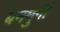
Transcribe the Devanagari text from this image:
बनमुर्गी